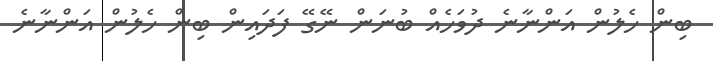
ބިން ހެލުން އަންނާނެ ދުވަހެެއް ބުނަން ނޭގޭ ފަދައިން ބިން ހެލުން އަންނާނެ